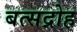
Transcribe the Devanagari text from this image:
बत्सद्रोह